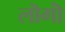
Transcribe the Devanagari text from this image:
लॊगॊं